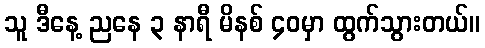
သူ ဒီနေ့ ညနေ ၃ နာရီ မိနစ် ၄၀မှာ ထွက်သွားတယ်။